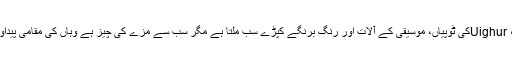
وہاں پر کافی اقسام کی تانبے کی کیتلیاں، شادی کے صندوق، Uighurکی ٹوپیاں، موسیقی کے آلات اور رنگ برنگے کپڑے سب ملتا ہے مگر سب سے مزے کی چیز ہے وہاں کی مقامی پیداوار کشمش، سوکھی خوبانی، انجیر، پستہ اور کاغذی بادام ہیں۔